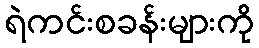
ရဲကင်းစခန်းများကို